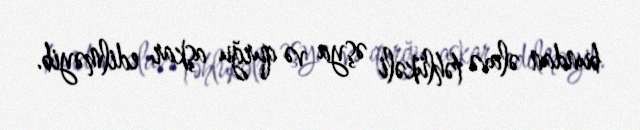
bundan əlavə təhlükəli əşya və qurğu aşkar edilməyib.